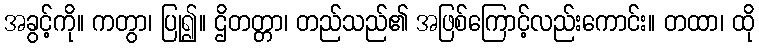
အခွင့်ကို။ ကတွာ၊ ပြု၍။ ဌိတတ္တာ၊ တည်သည်၏ အဖြစ်ကြောင့်လည်းကောင်း။ တထာ၊ ထို